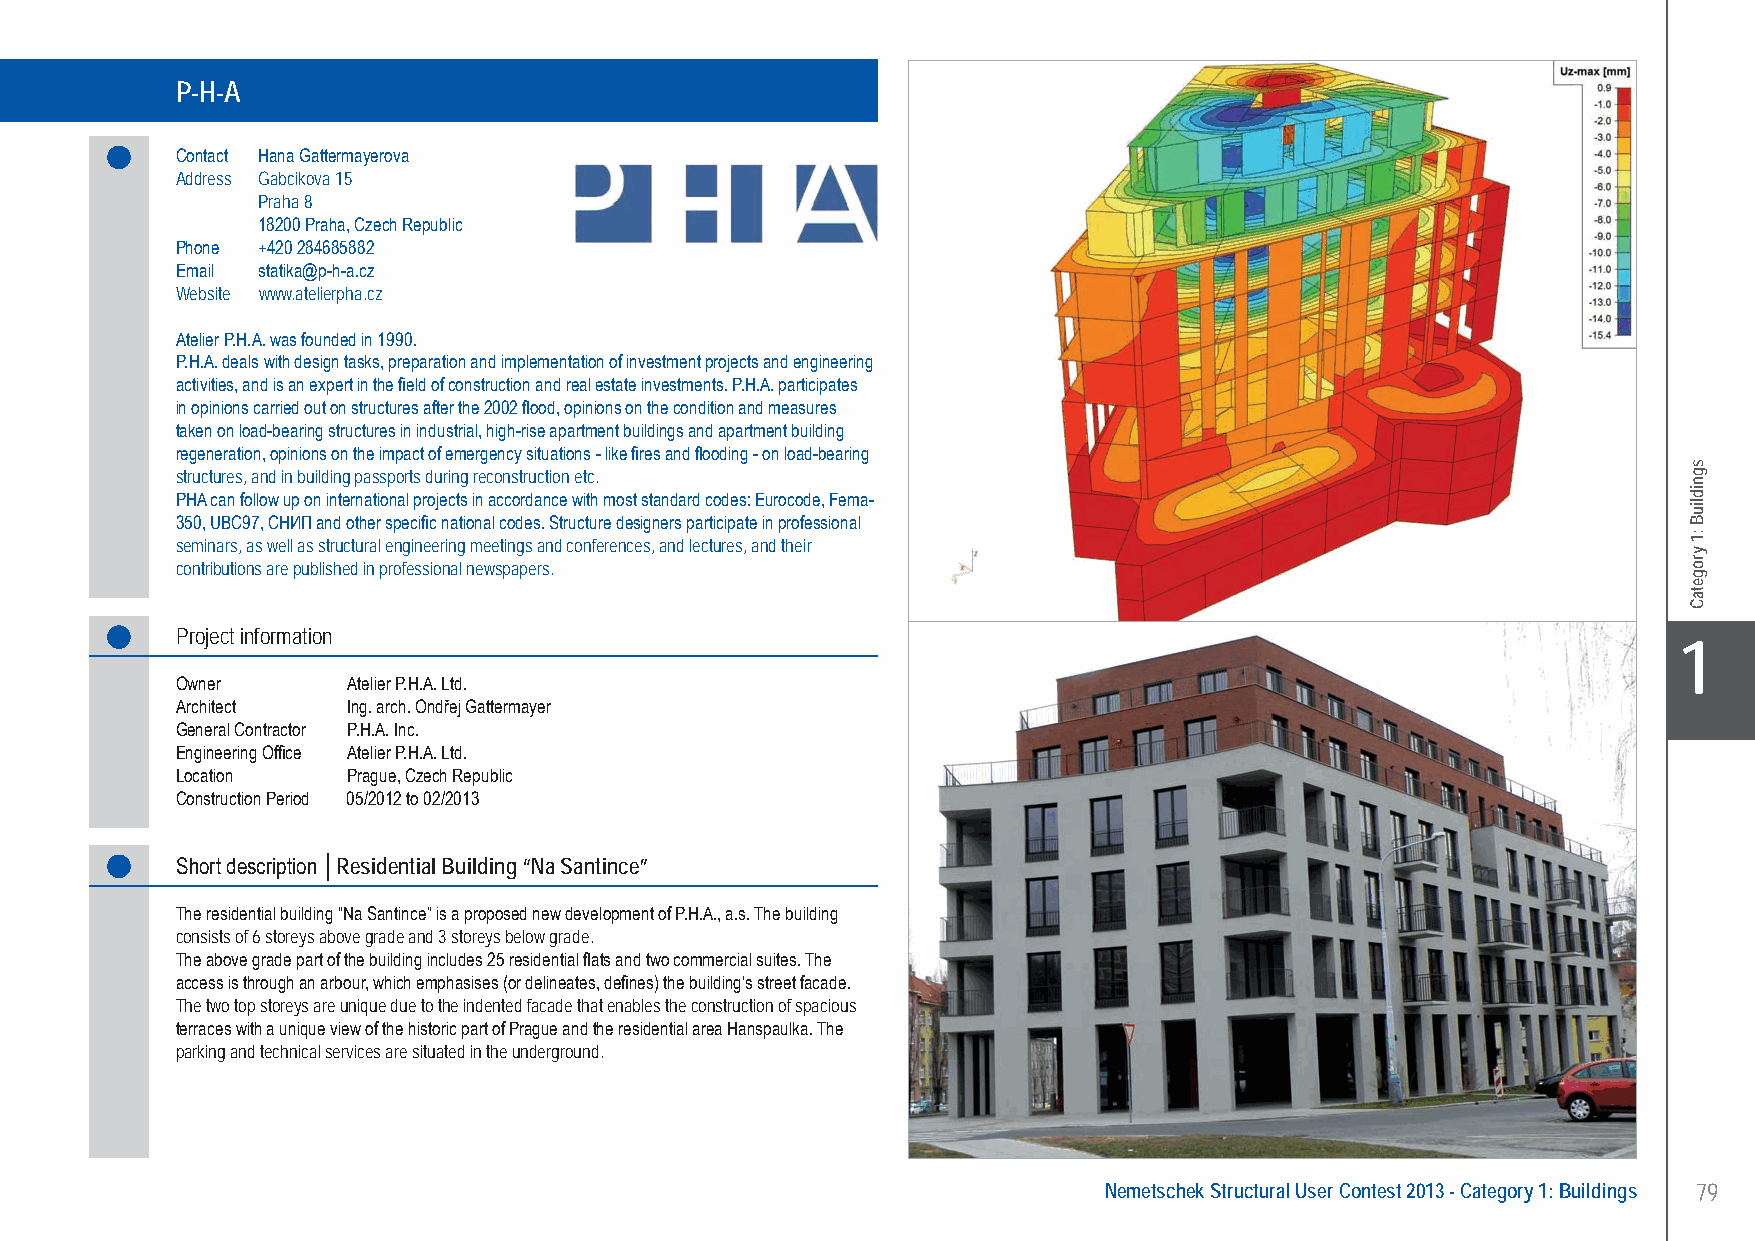
P-H-A.........Residential Building “Na Santince” - Prague, Czech Republic
 P-H-A
 Contact Hana Gattermayerova
 Address Gabcikova 15
 Praha 8
 18200 Praha, Czech Republic
 Phone +420 284685882
 Email statika@p-h-a.cz
 Website www.atelierpha.cz
 Atelier P.H.A. was founded in 1990.
 P.H.A. deals with design tasks, preparation and implementation of investment projects and engineering
 activities, and is an expert in the field of construction and real estate investments. P.H.A. participates
 in opinions carried out on structures after the 2002 flood, opinions on the condition and measures
 taken on load-bearing structures in industrial, high-rise apartment buildings and apartment building
 regeneration, opinions on the impact of emergency situations - like fires and flooding - on load-bearing
 structures, and in building passports during reconstruction etc.
 PHA can follow up on international projects in accordance with most standard codes: Eurocode, Fema-
 350, UBC97, СНИП and other specific national codes. Structure designers participate in professional
 seminars, as well as structural engineering meetings and conferences, and lectures, and their
 contributions are published in professional newspapers.
 Project information
 X1
 Owner      Atelier P.H.A. Ltd.
 Architect  Ing. arch. Ondřej Gattermayer
 General Contractor P.H.A. Inc.
 Engineering Office Atelier P.H.A. Ltd.
 Location   Prague, Czech Republic
 Construction Period 05/2012 to 02/2013
 Short description │Residential Building “Na Santince”
 The residential building “Na Santince” is a proposed new development of P.H.A., a.s. The building
 consists of 6 storeys above grade and 3 storeys below grade.
 The above grade part of the building includes 25 residential flats and two commercial suites. The
 access is through an arbour, which emphasises (or delineates, defines) the building’s street facade.
 The two top storeys are unique due to the indented facade that enables the construction of spacious
 terraces with a unique view of the historic part of Prague and the residential area Hanspaulka. The
 parking and technical services are situated in the underground.
 Nemetschek Structural User Contest 2013 - Category 1: Buildings 79
 UC-2013-Book-V8.indd 79                                                                                   7/11/2013 12:22:01 PM
 sgnidliuB
 :1
 yrogetaC